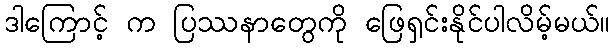
ဒါကြောင့် က ပြဿနာတွေကို ဖြေရှင်းနိုင်ပါလိမ့်မယ်။